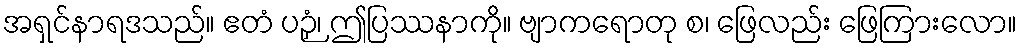
အရှင်နာရဒသည်။ ဧတံ ပဉှံ၊ ဤပြဿနာကို။ ဗျာကရောတု စ၊ ဖြေလည်း ဖြေကြားလော။